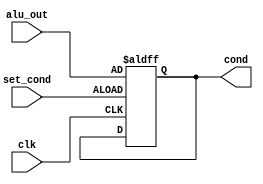
`timescale 1ns / 1ps

// This takes the output of alu as the cond if set_cond signal is true. 
//////////////////////////////////////////////////////////////////////////////////
module reserve(
	input wire [3:0] alu_out,
	input wire set_cond, clk,
	output reg [3:0] cond
    );
	always @ (posedge clk, posedge set_cond) 
		if(set_cond)
			cond <= alu_out;
endmodule